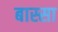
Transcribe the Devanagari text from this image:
बास्सा